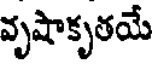
వృషాకృతయే